Annual administration and progress report of the Indian Medical Department, Bombay
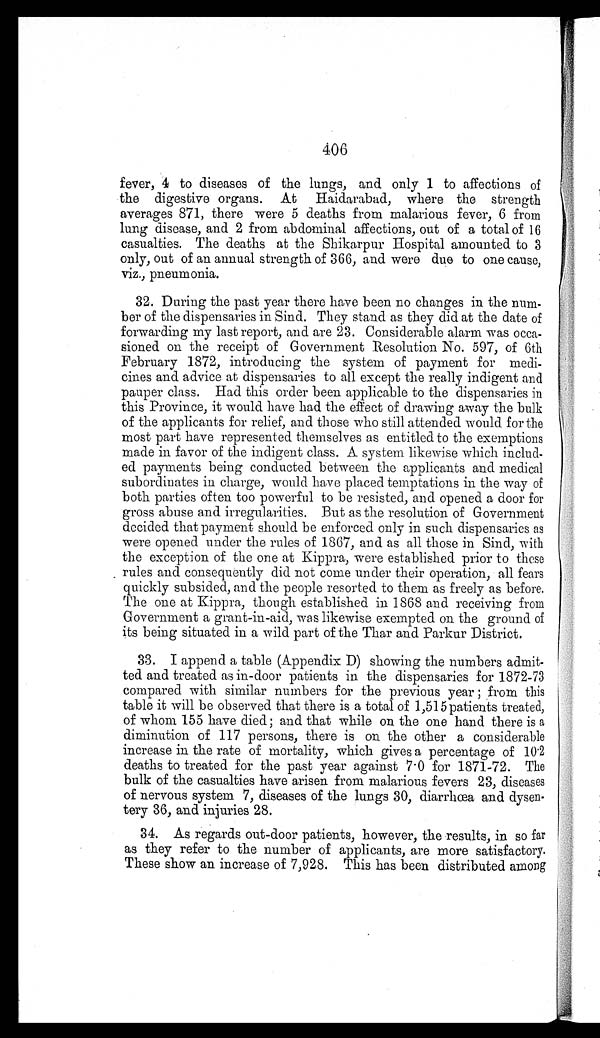
406
fever, 4 to diseases of the lungs, and only 1 to affections of
the digestive organs. At Haidarabad, where the strength
averages 871, there were 5 deaths from malarious fever, 6 from
lung disease, and 2 from abdominal affections, out of a total of 16
casualties. The deaths at the Shikarpur Hospital amounted to 3
only, out of an annual strength of 366, and were due to one cause,
viz., pneumonia.
32. During the past year there have been no changes in the num
-
ber of the dispensaries in Sind. They stand as they did at the date of
forwarding my last report, and are 23. Considerable alarm was occa
-
sioned on the receipt of Government Resolution No. 597, of 6th
February 1872, introducing the system of payment for medi-
cines and advice at dispensaries to all except the really indigent and
pauper class. Had this order been applicable to the dispensaries in
this Province, it would have had the effect of drawing away the bulk
of the applicants for relief, and those who still attended would for the
most part have represented themselves as entitled to the exemptions
made in favor of the indigent class. A system likewise which includ
-
ed payments being conducted between the applicants and medical
subordinates in charge, would have placed temptations in the way of
both parties often too powerful to be resisted, and opened a door for
gross abuse and irregularities. But as the resolution of Government
decided that payment should be enforced only in such dispensaries as
were opened under the rules of 1867, and as all those in Sind, with
the exception of the one at Kippra, were established prior to these
rules and consequently did not come under their operation, all fears
quickly subsided, and the people resorted to them as freely as before.
The one at Kippra, though established in 1868 and receiving from
Government a grant-in-aid, was likewise exempted on the ground of
its being situated in a wild part of the Thar and Parkur District.
33. I append a table (Appendix D) showing the numbers admit
-
ted and treated as in-door patients in the dispensaries for 1872-73
compared with similar numbers for the previous year; from this
table it will be observed that there is a total of 1,515 patients treated,
of whom 155 have died; and that while on the one hand there is a
diminution of 117 persons, there is on the other a considerable
increase in the rate of mortality, which gives a percentage of 10.2
deaths to treated for the past year against 7.0 for 1871-72. The
bulk of the casualties have arisen from malarious fevers 23, diseases
of nervous system 7, diseases of the lungs 30, diarrhœa and dysen
-
tery 36, and injuries 28.
34. As regards out-door patients, however, the results, in so far
as they refer to the number of applicants, are more satisfactory.
These show an increase of 7,928. This has been distributed among